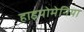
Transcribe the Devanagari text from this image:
हाइपोमेनिया